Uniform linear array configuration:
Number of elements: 32
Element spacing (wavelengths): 0.5
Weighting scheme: hamming
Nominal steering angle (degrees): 60
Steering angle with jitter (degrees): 58.762
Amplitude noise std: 0.05
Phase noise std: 0.05

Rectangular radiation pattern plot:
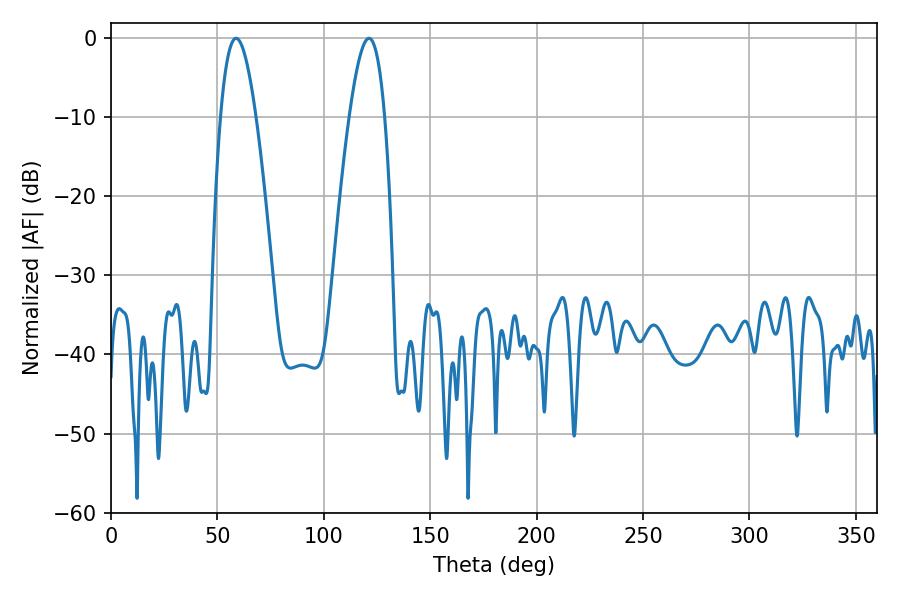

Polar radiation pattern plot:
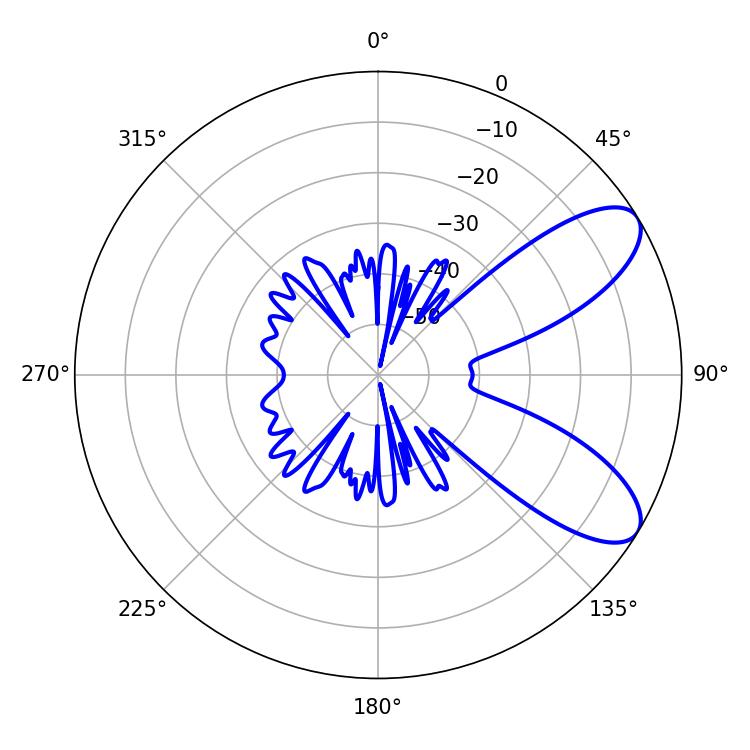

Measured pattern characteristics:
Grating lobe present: FALSE
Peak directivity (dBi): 8.325
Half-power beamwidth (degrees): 9
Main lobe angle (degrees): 58.86